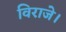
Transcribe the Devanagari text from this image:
विराजे।